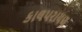
કાલપરાયણ